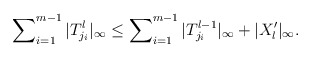
\begin{align*} \sum\nolimits^{m-1}_{i=1} |T^l_{j_i}|_\infty \le \sum\nolimits^{m-1}_{i=1} |T^{l-1}_{j_i}|_\infty + |X_l'|_\infty. \end{align*}